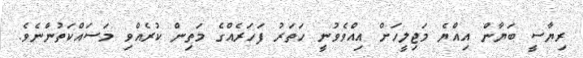
ރިޔާސީ ބަޔާން އިއްޔެ މަޖިލީހަށް އިއްވެވުނީ ހަތަރު ފަހަރެއްގެ މަތިން ކުރެއްވި މަސައްކަތުންނެވެ.